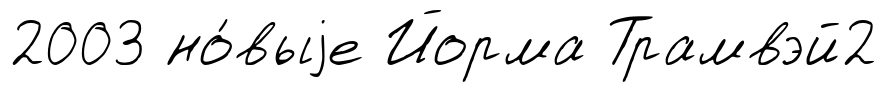
2003 но́выjе Йорма Трамвэй2